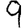
Digit: 9